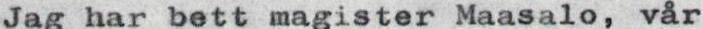
Jag har bett magister Maasalo, vår